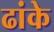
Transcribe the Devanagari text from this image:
ढांके